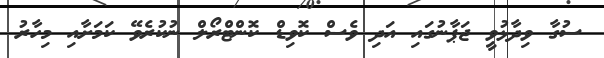
ސުގާ ވިދާޅުވީ ޖަޕާނުގައި އަދި ވެސް ކޮވިޑް ކޮންޓްރޯލް ނުކުރެވޭ ކަމަށާއި މިހާރު